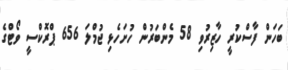
ބަހަން ފާސްކުރީ ހާޒިރުވި 58 މެންބަރުން ހުށަހެޅި ޖުމްލަ 656 ޕްރޮކްސީ ވޯޓްގެ